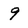
Character: 9